Annual report of the Punjab Veterinary College and of the Civil Veterinary Department, Punjab - 1920-1925
Year: 1920
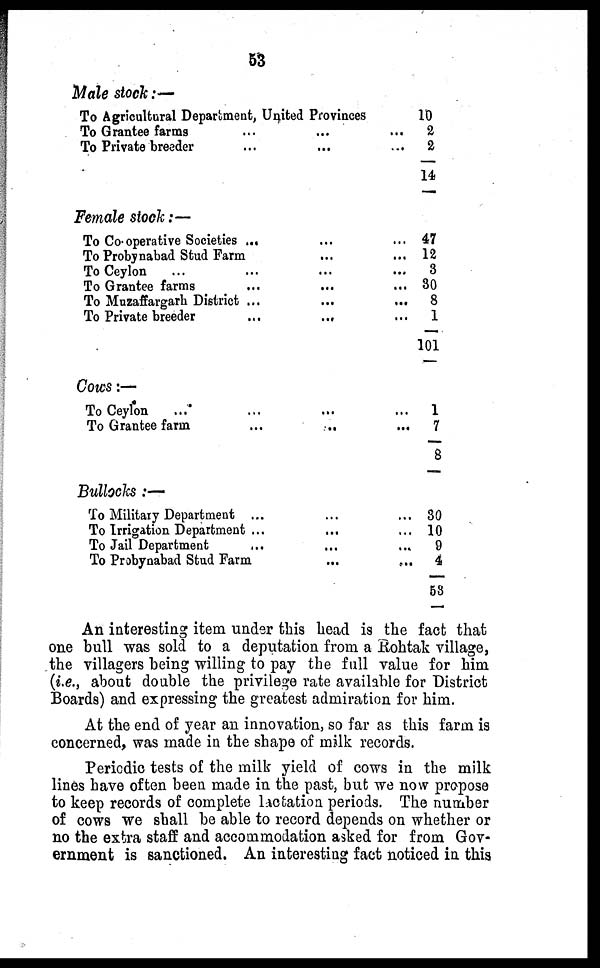
53
Male stock:—
To Agricultural Department, United Provinces
To Grantee farms ... ...
To Private breeder ... ...
Female stock:—
To Co-operative Societies ... ...
To Probynabad Stud Farm ...
To Ceylon ... ... ...
To Grantee farms ... ...
To Muzaffargarh District ... ...
To Private breeder
...
...
Cows :—
To Ceylon ... ... ...
To Grantee farm
...
..
Bullocks :—
To Military Department ... ...
To Irrigation Department ... ...
To Jail Department ... ...
To Probynabad Stud Farm ...
10
...
2
...
2
14
... 47
... 12
...
3
... 30
...
8
...
1
101
...
1
... 7
8
... 30
... 10
...
9
... 4
53
An interesting item under this head is the fact that
one bull was sold to a deputation from a Rohtak village,
the villagers being willing to pay the full value for him
(i.e., about double the privilege rate available for District
Boards) and expressing the greatest admiration for him.
At the end of year an innovation, so far as this farm is
concerned, was made in the shape of milk records.
Periodic tests of the milk yield of cows in the milk
lines have often been made in the past, but we now propose
to keep records of complete lactation periods. The number
of cows we shall be able to record depends on whether or
no the extra staff and accommodation asked for from Gov-
ernment is sanctioned. An interesting fact noticed in this